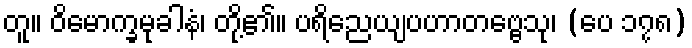
တူ။ ဝိမောက္ခမုခါနံ၊ တို့၏။ ပရိညေယျပဟာတဗ္ဗေသု၊ (ပေ ၁၇၈)